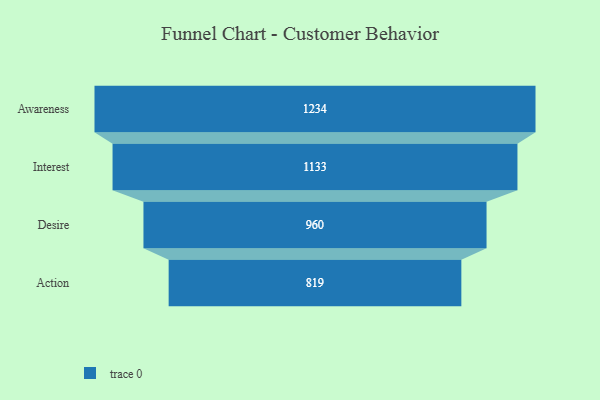
{"axis": {"x": "Stage", "y": "Value"}, "legend": [""], "data": [{"x": "Awareness", "y": 1234.0, "type": ""}, {"x": "Interest", "y": 1133.0, "type": ""}, {"x": "Desire", "y": 960.0, "type": ""}, {"x": "Action", "y": 819.0, "type": ""}]}